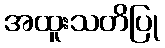
အထူးသတိပြု